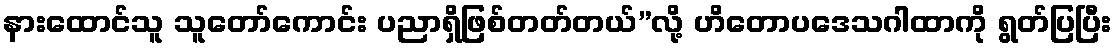
နားထောင်သူ သူတော်ကောင်း ပညာရှိဖြစ်တတ်တယ်”လို့ ဟိတောပဒေသဂါထာကို ရွတ်ပြပြီး